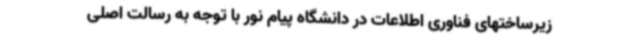
زیرساختهای فناوری اطلاعات در دانشگاه پیام نور با توجه به رسالت اصلی